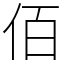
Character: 佰